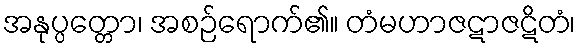
အနုပ္ပတ္တော၊ အစဉ်ရောက်၏။ တံမဟာဇဋာဇဋိတံ၊